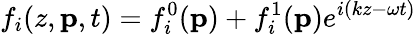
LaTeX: f_{i}(z,\mathbf{p},t)=f_{i}^{0}(\mathbf{p})+f_{i}^{1}(\mathbf{p})e^{i(kz-\omega t)}